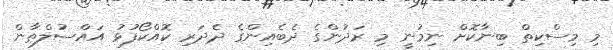
މި މިސްކިތް ބިނާކޮށް ނިމުނީ މި ރަދުންގެ ދެބެއިންގެ ދެދަރި ކޮއްކޯފުޅު އައްސުލްޠާން